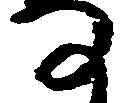
な